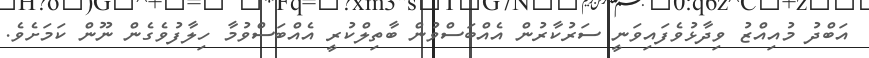
އަބްދު މުއިއްޒު ވިދާޅުވެފައިވަނީ ސަރުކާރުން އެއްބަސްވުން ބާތިލްކުރީ އެއްބަސްވުމާ ހިލާފުވެގެން ނޫން ކަމަށެވެ.